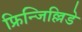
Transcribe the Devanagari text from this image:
फ्रिन्जिल्लिडे